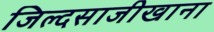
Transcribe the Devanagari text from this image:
जिल्दसाजीखाना